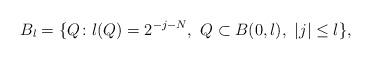
LaTeX: \begin{align*}B_{l}=\{Q\colon l(Q)=2^{-j-N},\ Q\subset B(0,l),\ \vert j\vert\leq l\},\end{align*}